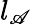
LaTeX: l_{\mathscr{A}}